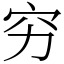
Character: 穷